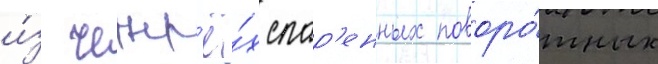
и́з четыр'ё́х спар'енных поворо́тных